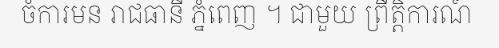
ចំការមន រាជធានី ភ្នំពេញ ។ ជាមួយ ព្រឹត្តិការណ៍